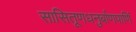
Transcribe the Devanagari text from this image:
सासितूणधनुर्बाणपाणिं